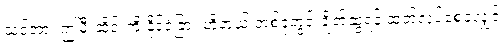
သင့်အား ဤမီးဆိုင်းကို နိုင်ငံခြား ဟိုတယ် တစ်ခုတွင် ချိတ်ဆွဲရန် ထုတ်လုပ်စေခဲ့လျှင်